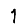
Digit: 1